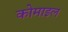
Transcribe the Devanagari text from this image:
कोमाइल